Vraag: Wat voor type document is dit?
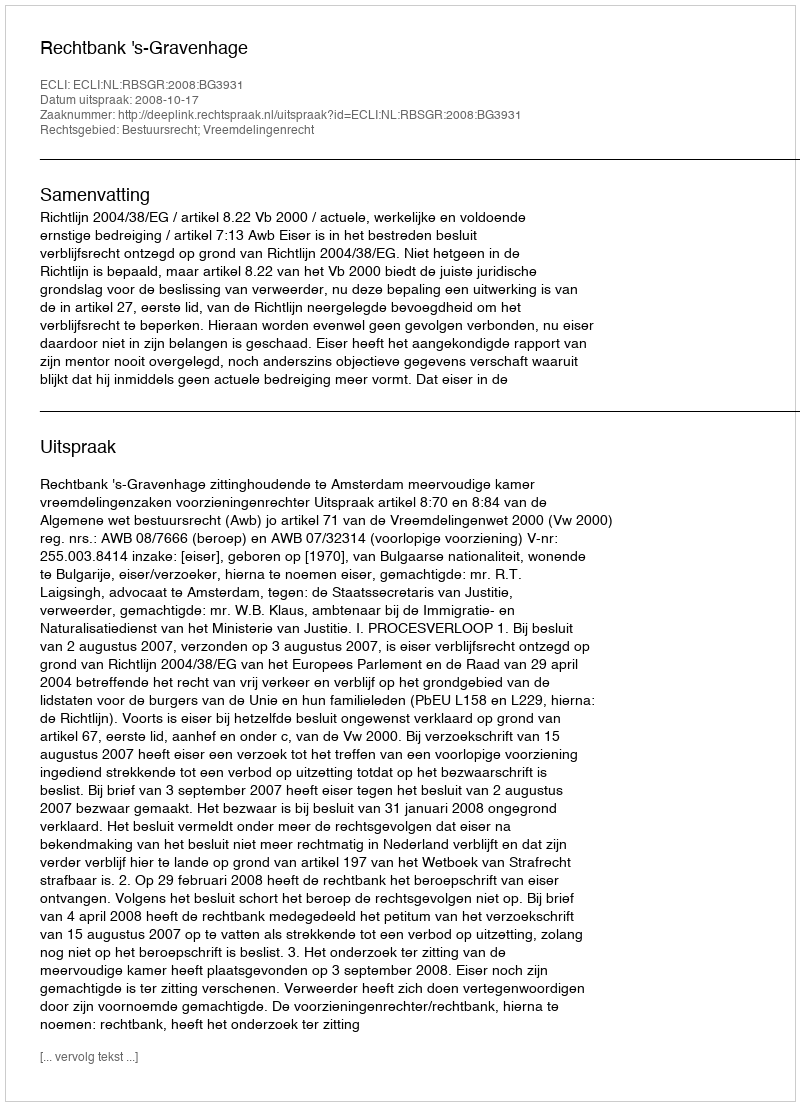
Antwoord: Uitspraak